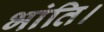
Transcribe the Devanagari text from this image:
भांति।